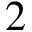
2